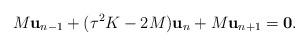
LaTeX: \begin{align*}M\mathbf{u}_{n-1} + (\tau^2K-2M)\mathbf{u}_{n} + M\mathbf{u}_{n+1} = \mathbf{0}.\end{align*}